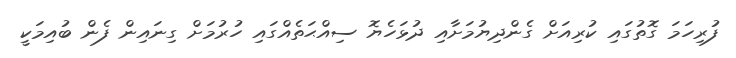
ފުރިހަމަ ގޮތުގައި ކުރިއަށް ގެންދިޔުމަށާއި ދުޅަހެޔޮ ސިއްޙަތެއްގައި ހުރުމަށް ގިނައިން ފެން ބުއިމަކީ